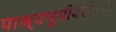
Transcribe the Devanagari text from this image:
पाश्र्वभूमीबरोबरच